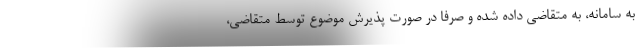
به سامانه، به متقاضی داده شده و صرفا در صورت پذیرش موضوع توسط متقاضی،